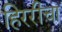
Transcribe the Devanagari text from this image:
हिररीचा